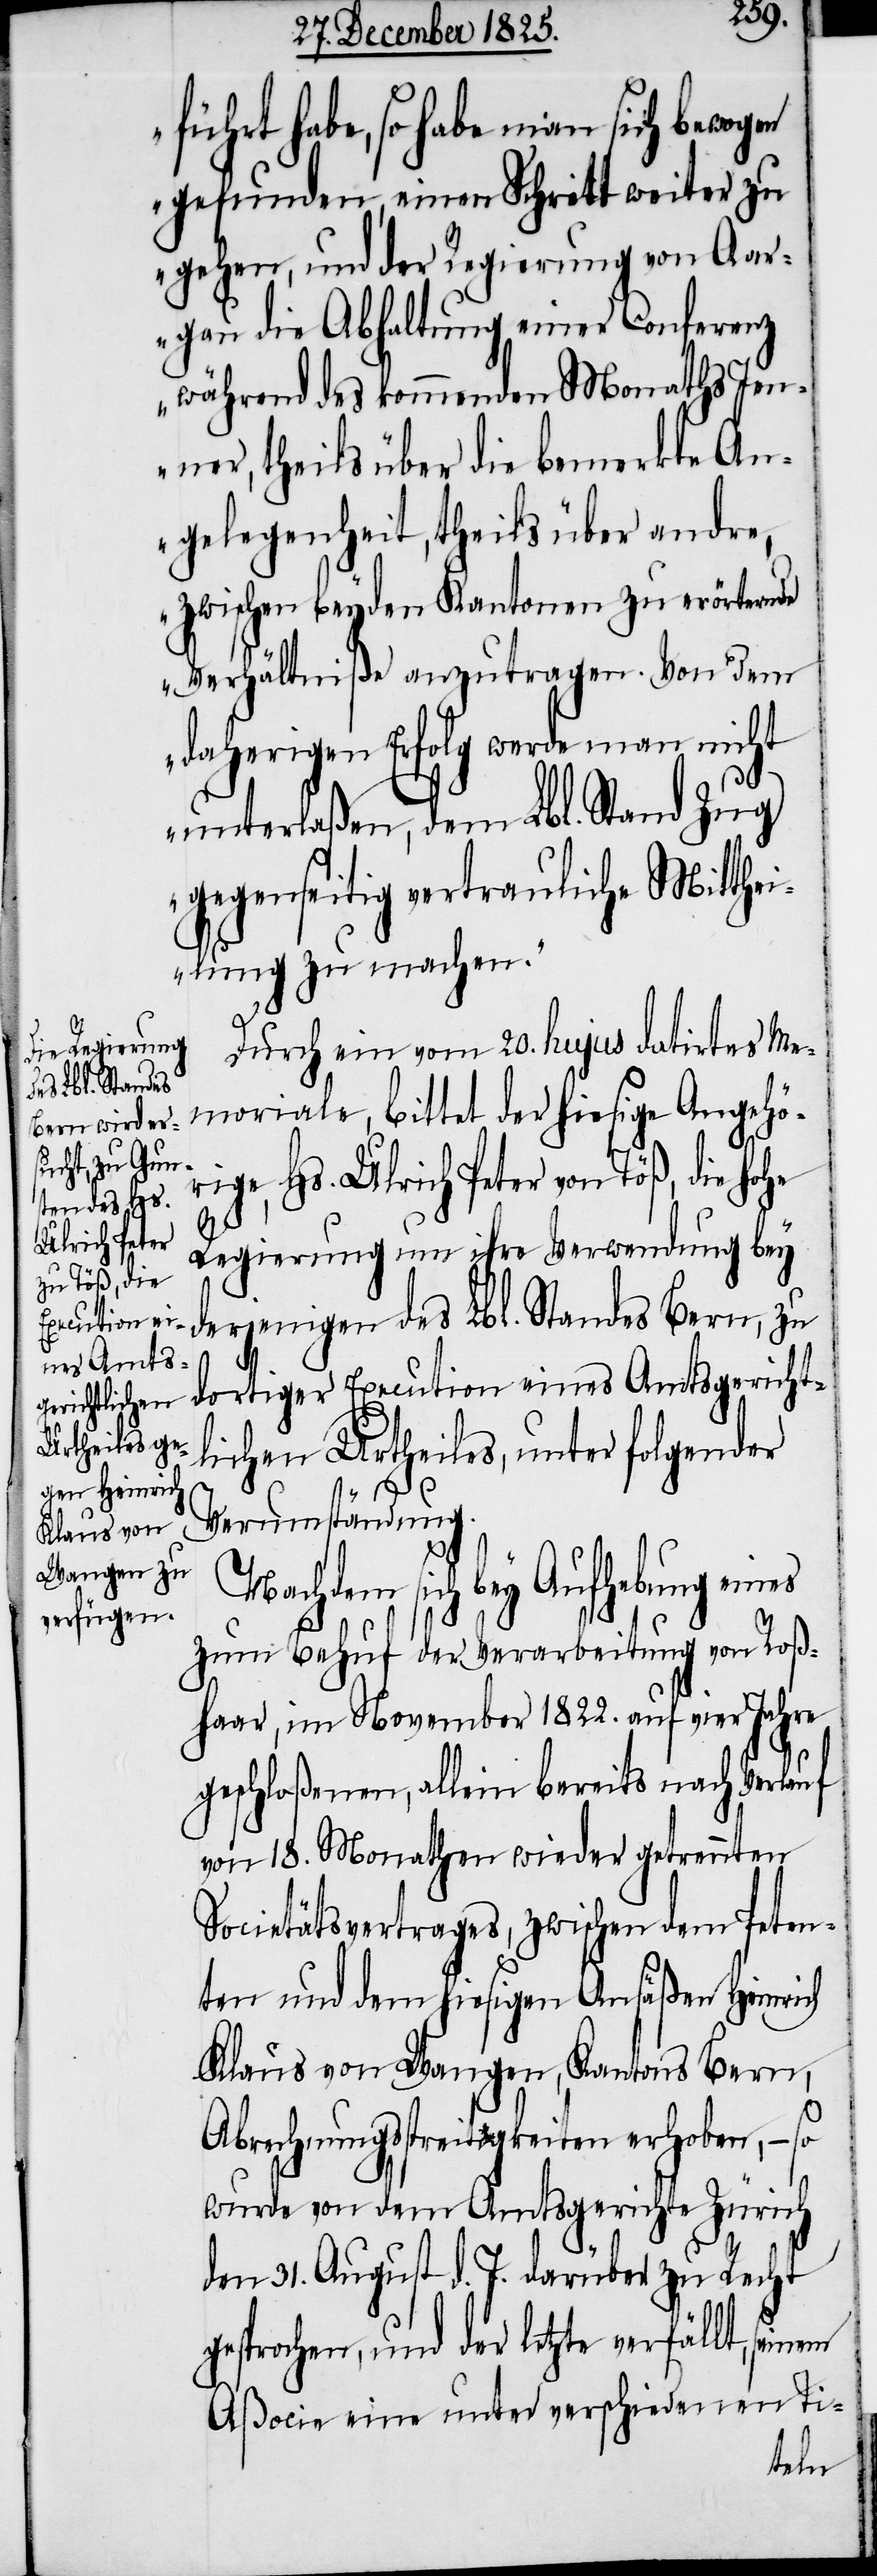
führt habe, so habe man sich bewogen
gefunden, einen Schritt weiter zu
gehen, und der Regierung von Aar¬
gau die Abhaltung einer Conferenz
während des kommenden Monaths Jen¬
ner, theils über die bemerkte An¬
gelegenheit, theils über andre,
zwischen beyden Kantonen zu erörternde
Verhältniße anzutragen. Von dem
daherigen Erfolg werde man nicht
unterlaßen, dem Lbl. Stand Zug
gegenseitig vertrauliche Mitthei¬
lung zu machen.“
Durch ein vom 20. hujus datirtes Me¬
moriale, bittet der hiesige Angehö¬
rige, Hs. Ulrich Peter von Töß, die hohe
d¬
Regierung um ihre Verwendung bey
derjenigen des Lbl. Standes Bern, zu
ortiger Execution eines Amtsgericht¬
lichen Urtheiles, unter folgender
Verumständung.
Nachdem sich bey Aufhebung eines
zum Behuf der Verarbeitung von Roß¬
haar, im November 1822. auf vier Jahre
geschloßenen, allein bereits nach Verlauf
von 18. Monathen wieder getrennten
Societätsvertrages, zwischen dem Peten¬
ten und dem hiesigen Ansäßen Heinrich
Klaus von Wangen, Kantons Bern,
Abrechnungsstreitigkeiten erhoben, – so
wurde von dem Amtsgericht Zürich
den 31. August d. J. darüber zu Recht
gesprochen, und der letzte verfällt, sei¬
Aßocie eine unter verschiedenen Ti-
nem